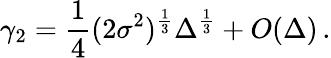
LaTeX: \gamma_{2}=\frac{1}{4}(2\sigma^{2})^{\frac{1}{3}}\Delta^{\frac{1}{3}}+O(\Delta)\, .